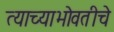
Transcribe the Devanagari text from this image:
त्याच्याभोवतीचे